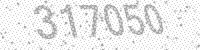
Solution: 317050